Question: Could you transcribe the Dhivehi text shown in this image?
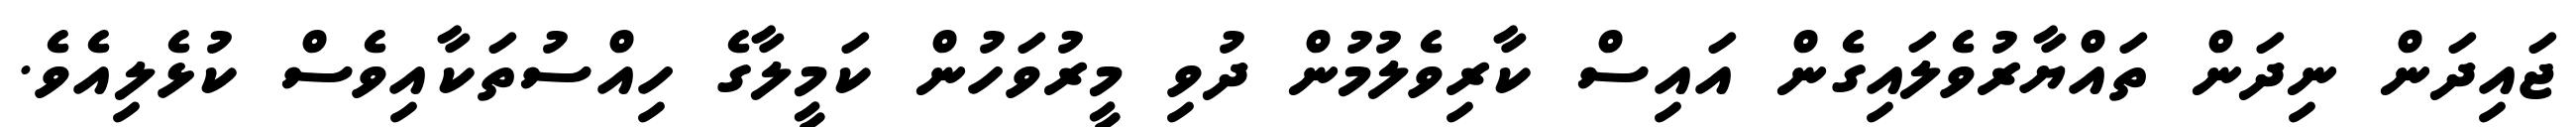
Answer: ޖައިދަން ނިދަން ތައްޔާރުވެލައިގެން އައިސް ކާރިވެލުމުން ދުވި މީރުވަހުން ކަމީލާގެ ހިއްސުތަކާއިވެސް ކުޅެލިއެވެ.